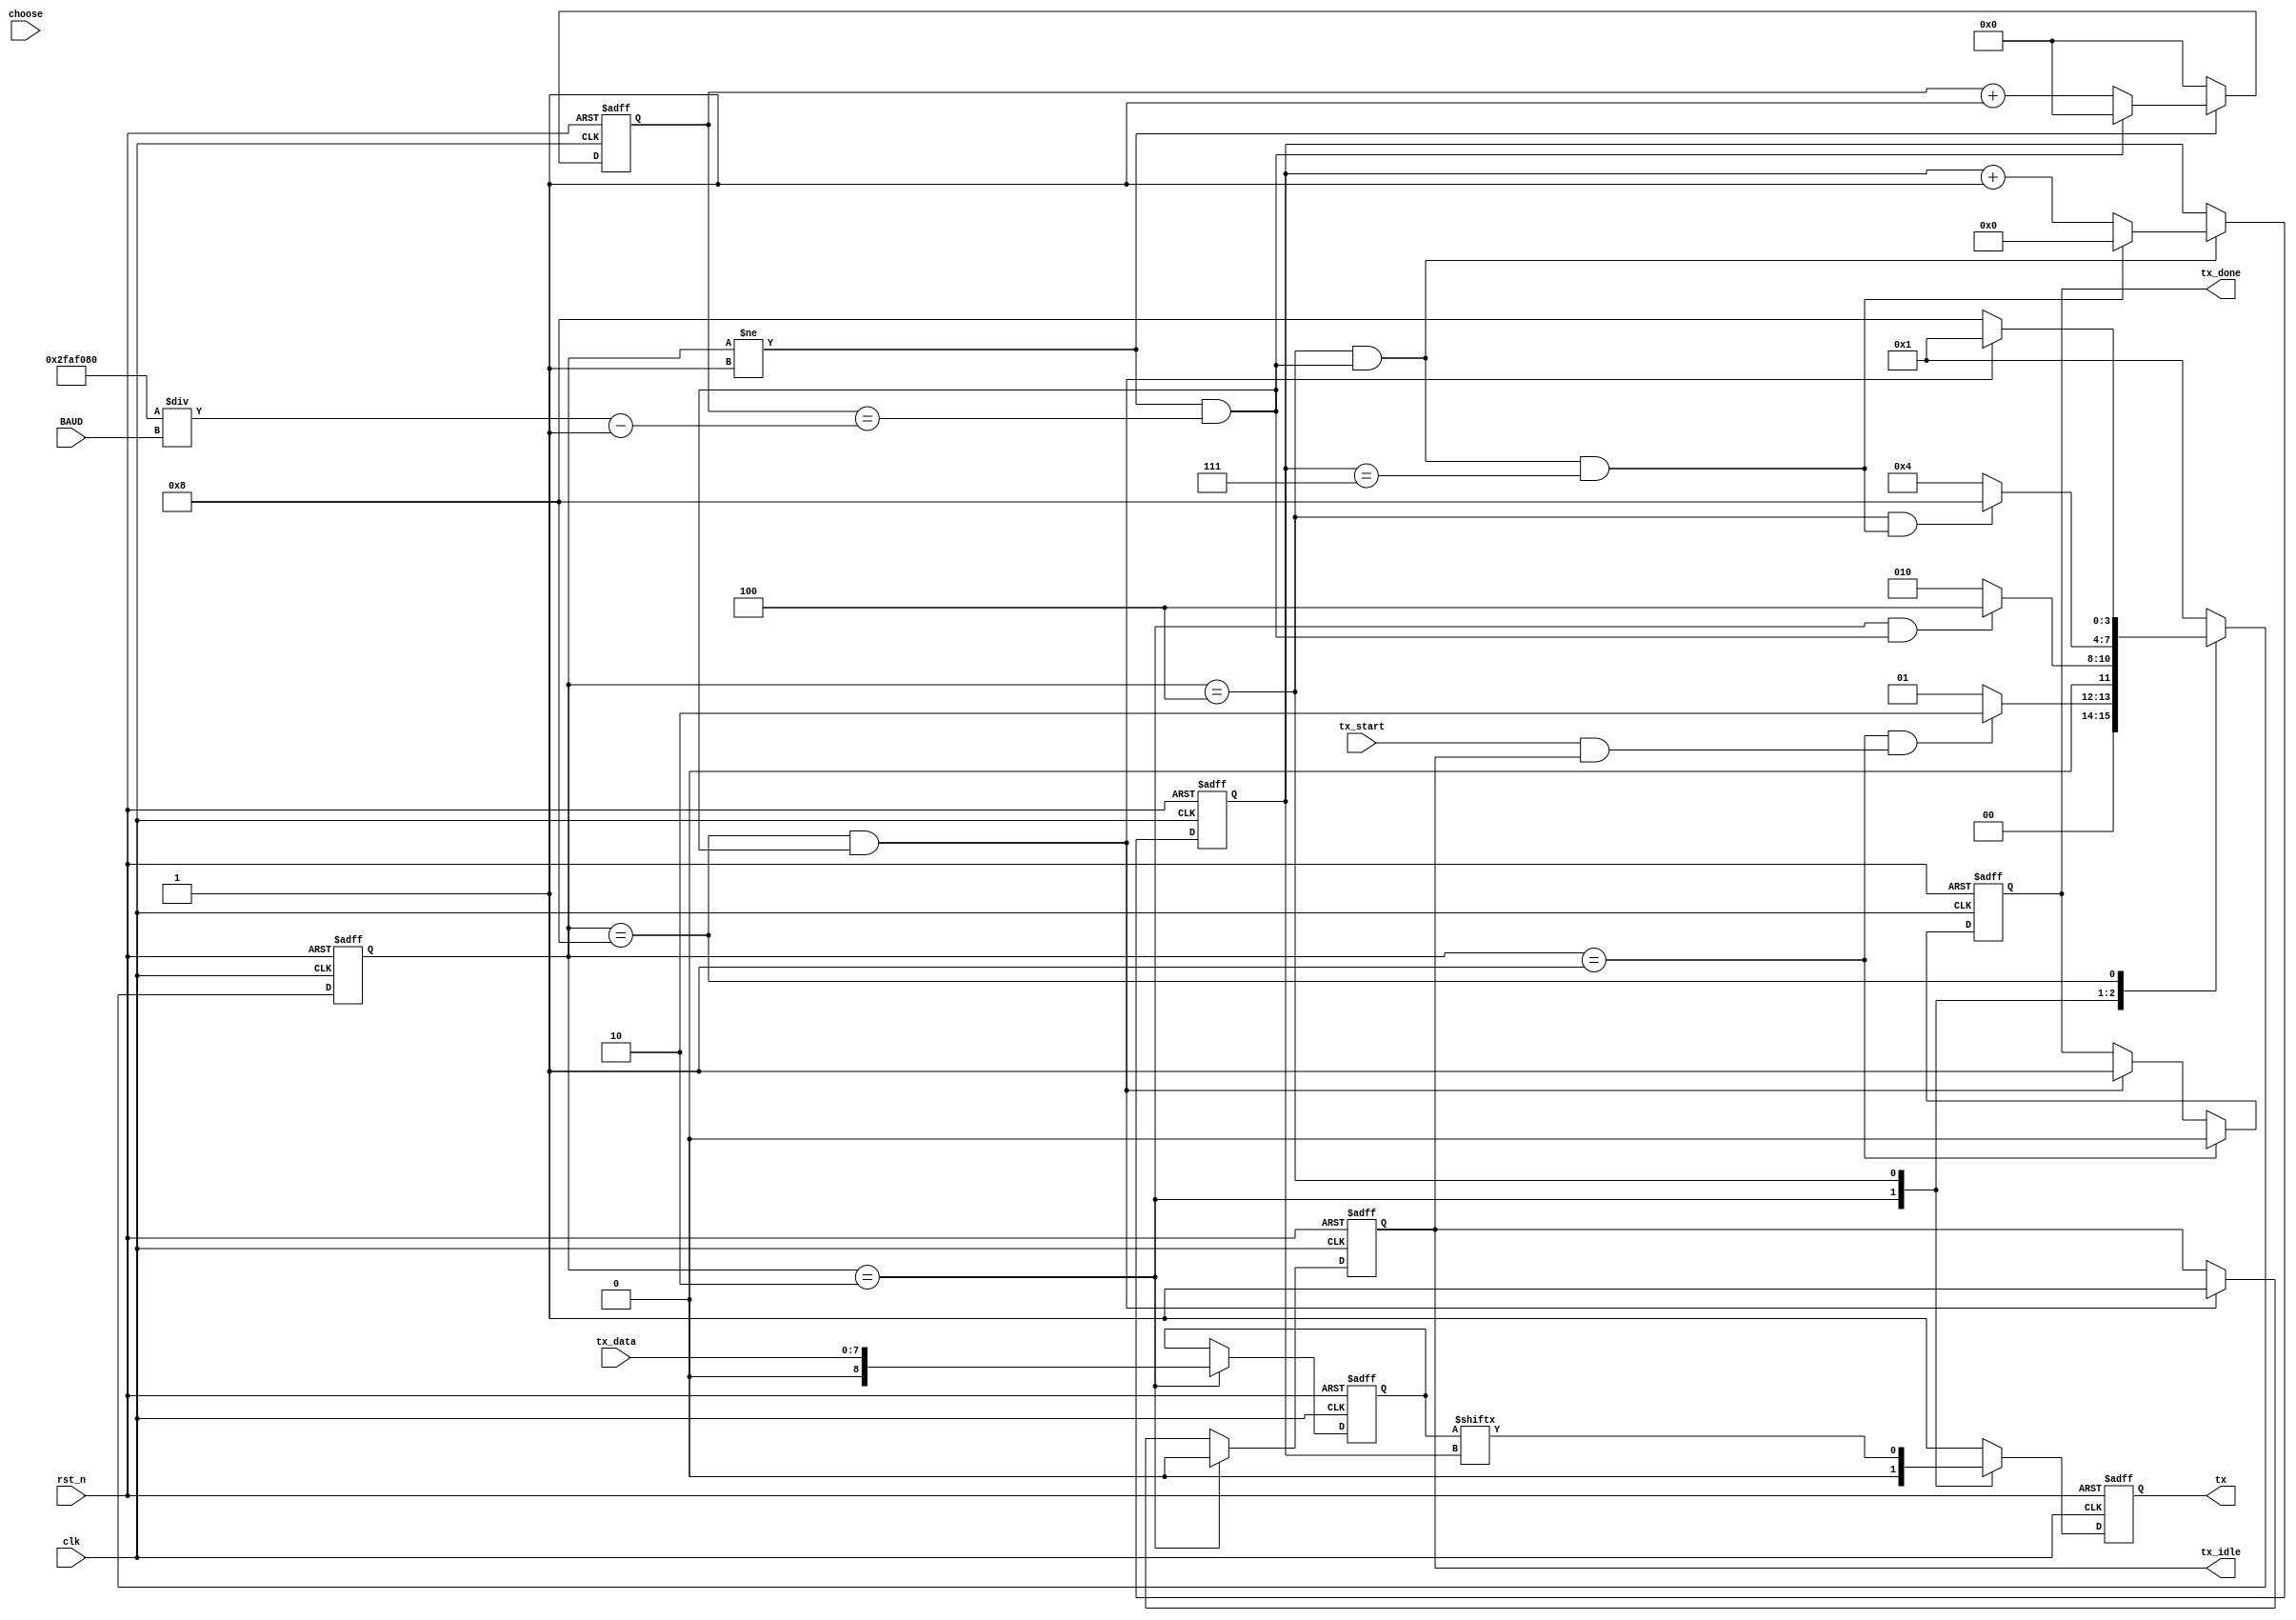
/*---------------------------------------------------------------	
            module		:                   						
            create_time	:                  							
            name		:yanghaidong       							
----------------------------------------------------------------*/
module uart_tx#(
    parameter   CLK_FREQ    =   28'd50_000_000, //
    // parameter   BAUD        =   9600      , //(bps)
    parameter   BIT_W       =   4'd8
)(
    input	wire		            clk		    ,
    input	wire		            rst_n	    ,
    //
    input   wire    [31:0]          BAUD        ,//
    input   wire    [1:0]           choose      ,
    input	wire                    tx_start	,//
    input	wire    [BIT_W - 1:0]   tx_data	    ,//
    //
    output	reg		    	        tx_idle	    ,//10
    output  reg                     tx_done     ,//
    output	reg		    	        tx	    	 //
);
    //                  
    localparam     
                IDLE  = 4'b0001 ,
                START = 4'b0010 ,
                SEND  = 4'b0100 ,
                STOP  = 4'b1000 ;

    reg     [3:0]       cstate,nstate   ;//
    wire                idle2start      ;
    wire                start2send      ;
    wire                send2stop       ;
    wire                stop2idle       ;

    wire    [31:0]      MAX_BAUD        ;
    reg     [BIT_W:0]   data_r          ;//,8+1bit

    reg     [23:0]      cnt_baud        ;//
    wire                add_cnt_baud    ;
    wire                end_cnt_baud    ;

    reg     [3:0]       cnt_bit         ;//BIT
    wire                add_cnt_bit     ;
    wire                end_cnt_bit     ;


    //
    // ODDorEVEN ODDorEVEN_inst(
    // /* input	wire    [1:0]    */ .choose     (choose   ),
    // /* input	wire	[7:0]    */ .data	    (data_r   ),
    // /* output	reg              */ .check_bit	(check_bit)
    // );

    //
    assign MAX_BAUD = CLK_FREQ / BAUD - 1;
    //
    always @(posedge clk or negedge rst_n) begin
        if (!rst_n) begin
            cstate <= IDLE;
        end
        else begin
            cstate <= nstate;
        end
    end

    //
    always @(*) begin
        case (cstate)
            IDLE :begin
                if (idle2start) begin
                    nstate = START;
                end
                else begin
                    nstate = IDLE;
                end
            end
            START:begin
                if (start2send) begin
                    nstate = SEND;
                end
                else begin
                    nstate = START;
                end
            end
            SEND :begin
                if (send2stop) begin
                    nstate = STOP;
                end
                else begin
                    nstate = SEND;
                end
            end
            STOP :begin
                if (stop2idle) begin
                    nstate = IDLE;
                end
                else begin
                    nstate = STOP;
                end
            end 
            default: nstate = IDLE;
        endcase
    end

    assign idle2start   = cstate == IDLE    && (tx_start    && tx_idle  );
    assign start2send   = cstate == START   && (end_cnt_baud            );
    assign send2stop    = cstate == SEND    && (end_cnt_bit             );
    assign stop2idle    = cstate == STOP    && (end_cnt_baud            );

    //
    //
    always @(posedge clk or negedge rst_n) begin
        if (!rst_n) begin
            data_r <= 8'd0;
        end
        else if (cstate == START) begin
            data_r <= tx_data;
        end
        else begin
            data_r <= data_r;
        end
    end

    //10
    always @(posedge clk or negedge rst_n) begin
        if (!rst_n) begin
            tx_idle <= 1'd1;
        end
        else if (cstate == START) begin
            tx_idle <= 1'b0;
        end
        else if (cstate == STOP && end_cnt_baud) begin
            tx_idle <= 1'd1;
        end
        else begin
            tx_idle <= tx_idle;
        end
    end
    //
    always @(posedge clk or negedge rst_n) begin
        if (!rst_n) begin
            tx_done <= 1'b0;
        end
        else if (cstate == IDLE) begin
            tx_done <= 1'b0;
        end
        else if (cstate == STOP && end_cnt_baud) begin
            tx_done <= 1'b1;
        end
        else begin
            tx_done <= tx_done;
        end
    end
    //
    always @(posedge clk or negedge rst_n) begin
        if (!rst_n) begin
            cnt_baud <= 24'd0;
        end
        else begin
            if (add_cnt_baud) begin
                if (end_cnt_baud) begin
                    cnt_baud <= 24'd0;
                end
                else begin
                    cnt_baud <= cnt_baud + 24'd1;
                end
            end
            else begin
                cnt_baud <= 24'd0;
            end
        end
    end

    assign add_cnt_baud = cstate != IDLE;
    assign end_cnt_baud = add_cnt_baud && cnt_baud == MAX_BAUD;

    //bit
    always @(posedge clk or negedge rst_n) begin
        if (!rst_n) begin
            cnt_bit <= 4'd0;
        end
        else begin
            if (add_cnt_bit) begin
                if (end_cnt_bit) begin
                    cnt_bit <= 4'd0;
                end
                else begin
                    cnt_bit <= cnt_bit + 4'd1;
                end
            end
            else begin
                cnt_bit <= cnt_bit;
            end
        end
    end

    assign add_cnt_bit = (cstate == SEND) && end_cnt_baud;
    assign end_cnt_bit = add_cnt_bit && cnt_bit == BIT_W -1;

    //
    always @(posedge clk or negedge rst_n) begin
        if (!rst_n) begin
            tx <= 1'b1;
        end
        else begin
            case (cstate)
                IDLE    : tx <= 1'b1;
                START   : tx <= 1'b0;
                SEND    : tx <= data_r[cnt_bit];
                STOP    : tx <= 1'b1;
                default: tx <= 1'b1;
            endcase
        end
    end

endmodule